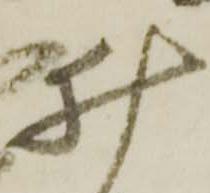
井